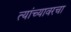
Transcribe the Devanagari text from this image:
त्यांच्यावरचा